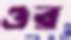
ওর